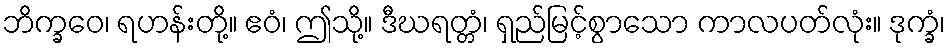
ဘိက္ခဝေ၊ ရဟန်းတို့။ ဧဝံ၊ ဤသို့။ ဒီဃရတ္တံ၊ ရှည်မြင့်စွာသော ကာလပတ်လုံး။ ဒုက္ခံ၊